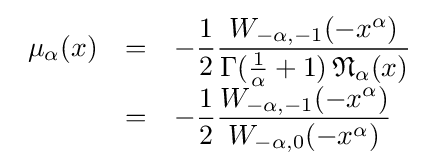
{\begin{array}{lcl}\mu _{\alpha }(x)&=&\displaystyle -{\frac {1}{2}}{\frac {W_{-\alpha ,-1}(-x^{\alpha })}{\Gamma ({\frac {1}{\alpha }}+1)\,{\mathfrak {N}}_{\alpha }(x)}}\\&=&\displaystyle -{\frac {1}{2}}{\frac {W_{-\alpha ,-1}(-x^{\alpha })}{W_{-\alpha ,0}(-x^{\alpha })}}\end{array}}